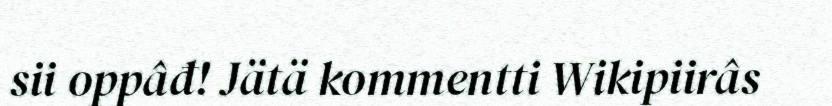
sii oppâđ! Jätä kommentti Wikipiirâs